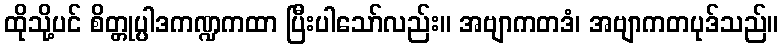
ထိုသို့ပင် စိတ္တုပ္ပါဒကဏ္ဍကထာ ပြီးပါသော်လည်း။ အဗျာကတဒံ၊ အဗျာကတပုဒ်သည်။